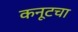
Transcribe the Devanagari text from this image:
कनूटचा